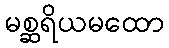
မစ္ဆရိယမထော